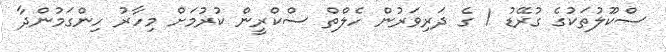
ސްކޫލުތަކުގެ ގުރޭޑު 1 ގެ ދަރިވަރުން ހެލްތް ސްކްރީން ކުރުމަށް މިހާރު ހިންގަމުންދާ